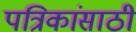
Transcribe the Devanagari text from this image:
पत्रिकांसाठी